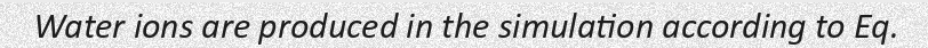
Water ions are produced in the simulation according to Eq.